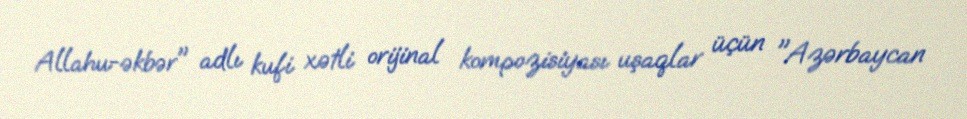
Allahu-əkbər" adlı kufi xətli orijinal kompozisiyası uşaqlar üçün "Azərbaycan